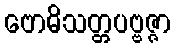
ဗောဓိသတ္တပဗ္ဗဇ္ဇာ